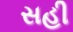
સહી